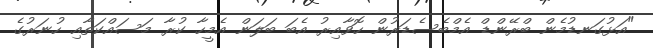
"އަޅުގަނޑުމެން ބްރޭންޑް އެމްބެސެޑަރުން ހޮވާއިރު އެބަ ބަލަން އެމީހާ ކުރާ މަސައްކަތާއި ހުނަރުގެ